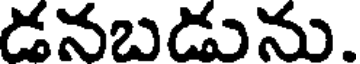
డనబడును.